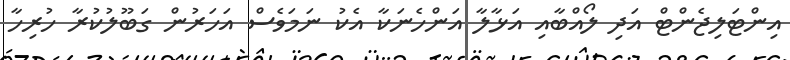
އިންޓަލިޖެންޓް އަދި ލޯއްބާއި އަޅާލާ އަންހެނަކާ އެކު ނަމަވެސް އަހަރުން ގަބޫލުކުރާ ހުރިހާ